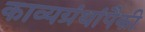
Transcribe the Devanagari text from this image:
काव्यग्रंथांपैकी